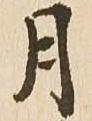
月